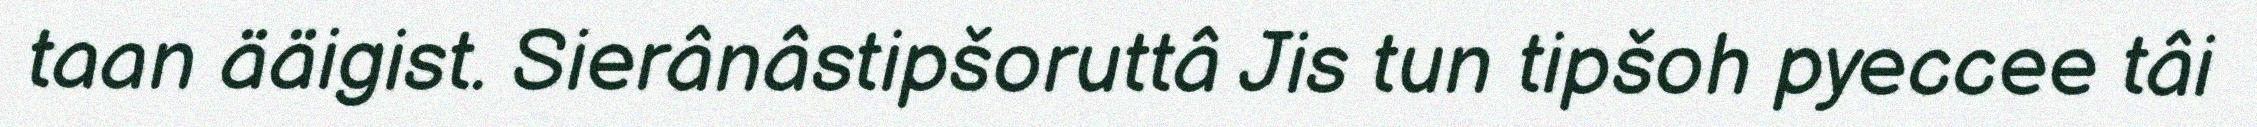
taan ääigist. Sierânâstipšoruttâ Jis tun tipšoh pyeccee tâi